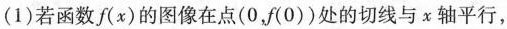
(1)若函数f(x)的图像在点(0，f(0))处的切线与x轴平行，